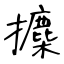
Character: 攈